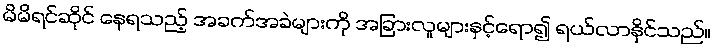
မိမိရင်ဆိုင် နေရသည့် အခက်အခဲများကို အခြားလူများနှင့်ရော၍ ရယ်လာနိုင်သည်။